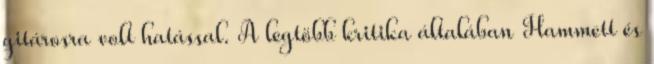
gitárosra volt hatással. A legtöbb kritika általában Hammett és